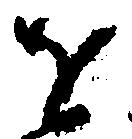
を